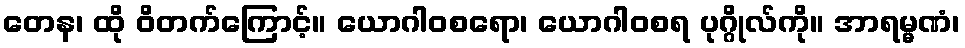
တေန၊ ထို ဝိတက်ကြောင့်။ ယောဂါဝစရော၊ ယောဂါဝစရ ပုဂ္ဂိုလ်ကို။ အာရမ္မဏံ၊